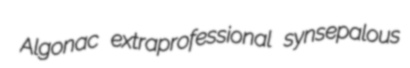
Algonac extraprofessional synsepalous